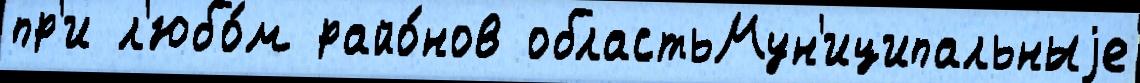
пр'и л'юбо́м райо́нов областьМун'иципальныjе